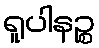
ရူပါနဉ္စ